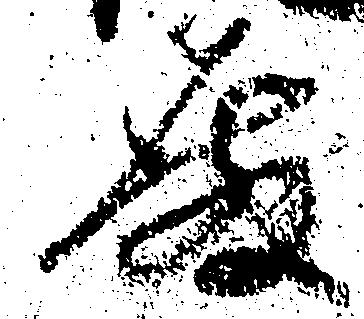
殿